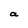
Character: a